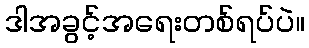
ဒါအခွင့်အရေးတစ်ရပ်ပဲ။